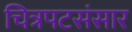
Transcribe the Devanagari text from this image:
चित्रपटसंसार